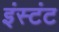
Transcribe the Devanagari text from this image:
इंस्टंट